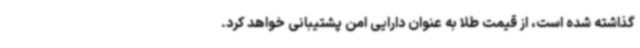
گذاشته شده است، از قیمت طلا به عنوان دارایی امن پشتیبانی خواهد کرد.